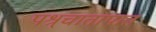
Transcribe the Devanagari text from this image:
पश्र्चातापात